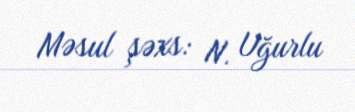
Məsul şəxs: N. Uğurlu